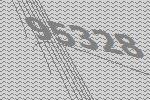
95328